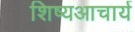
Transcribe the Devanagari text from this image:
शिष्यआचार्य